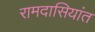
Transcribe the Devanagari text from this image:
रामदासियांत